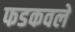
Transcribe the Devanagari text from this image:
फडकवले